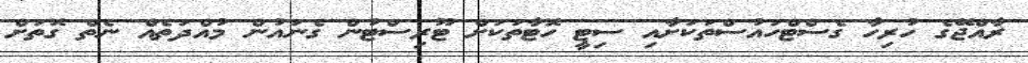
ރާއްޖޭގެ ހުރިހާ ގެސްޓްހައުސްތަކަށާއި ސިޓީ ހޮޓާތަކަށް ޓޫރިސްޓުން ގެނައުން މުއްދަތެއް ނެތް ގޮތަށް